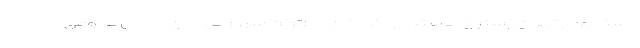
ارستانهای تهران بستری هستند و کماکان بالاترین سهم بیماران با حال عمومی